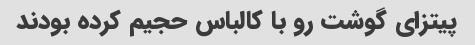
پیتزای گوشت رو با کالباس حجیم کرده بودند